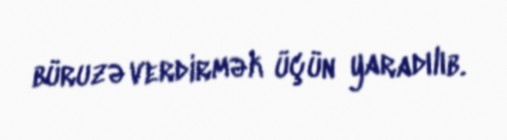
büruzə verdirmək üçün yaradılıb.